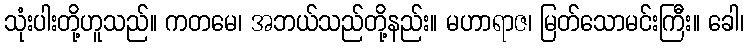
သုံးပါးတို့ဟူသည်။ ကတမေ၊ အဘယ်သည်တို့နည်း။ မဟာရာဇ၊ မြတ်သောမင်းကြီး။ ခေါ၊